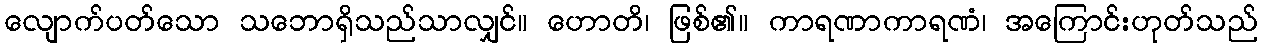
လျောက်ပတ်သော သဘောရှိသည်သာလျှင်။ ဟောတိ၊ ဖြစ်၏။ ကာရဏာကာရဏံ၊ အကြောင်းဟုတ်သည်